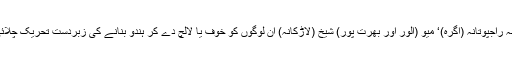
جیسے مالکانہ راجپوتانہ (آگرہ)‘ میو (الور اور بھرت پور) شیخ (لاڑکانہ) ان لوگوں کو خوف یا لالچ دے کر ہندو بنانے کی زبردست تحریک چلائی جانے لگی۔